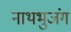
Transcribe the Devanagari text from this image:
नाथभुजंग